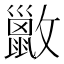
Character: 𫿢